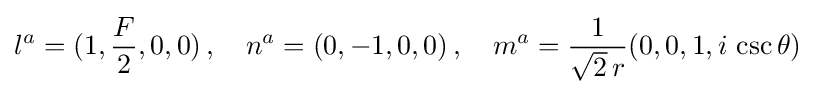
l^{a}=(1,{\frac {F}{2}},0,0)\,,\quad n^{a}=(0,-1,0,0)\,,\quad m^{a}={\frac {1}{{\sqrt {2}}\,r}}(0,0,1,i\,\csc \theta )